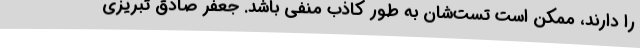
را دارند، ممکن است تست‌شان به طور کاذب منفی باشد. جعفر صادق تبریزی